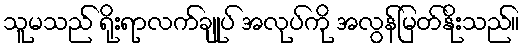
သူမသည် ရိုးရာလက်ချုပ် အလုပ်ကို အလွန်မြတ်နိုးသည်။